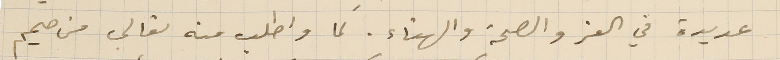
عديدة في العز والصحة والهناء. كما واطلب منه تعالى من صميم